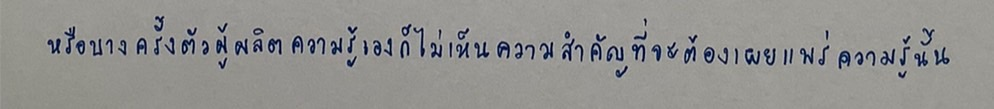
หรือบางครั้งตัวผู้ผลิตความรู้เองก็ไม่เห็นความสำคัญที่จะต้องเผยแพร่ความรู้นั้น